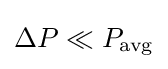
\Delta P\ll P_{\rm {avg}}